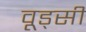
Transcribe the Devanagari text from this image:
वूड्सी